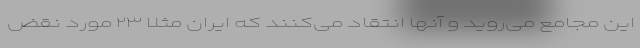
این مجامع می‌روید و آنها انتقاد می‌کنند که ایران مثلا ۲۳ مورد نقض